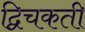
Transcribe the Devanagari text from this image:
द्विचकती